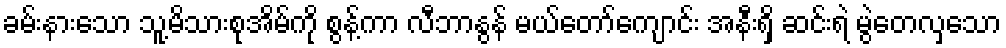
ခမ်းနားသော သူ့မိသားစုအိမ်ကို စွန့်ကာ လီဘာနွန် မယ်တော်ကျောင်း အနီးရှိ ဆင်းရဲ မွဲတေလှသော